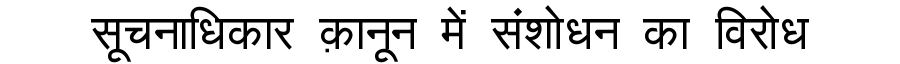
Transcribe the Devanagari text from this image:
सूचनाधिकार क़ानून में संशोधन का विरोध